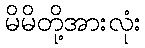
မိမိတို့အားလုံး